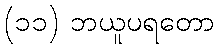
(၁၁) ဘယူပရတော